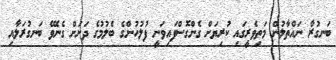
ބަނގުރާ ނައްތާލުން މަތިވެރީގައި ކުރިޔަށް ގެންގޮސްފައިވަނީ ފުލުހުންގެ ބެލުމުގެ ދަށަށް ގެނެވޭ ބަނގުރަލާއި